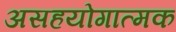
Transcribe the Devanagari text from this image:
असहयोगात्मक